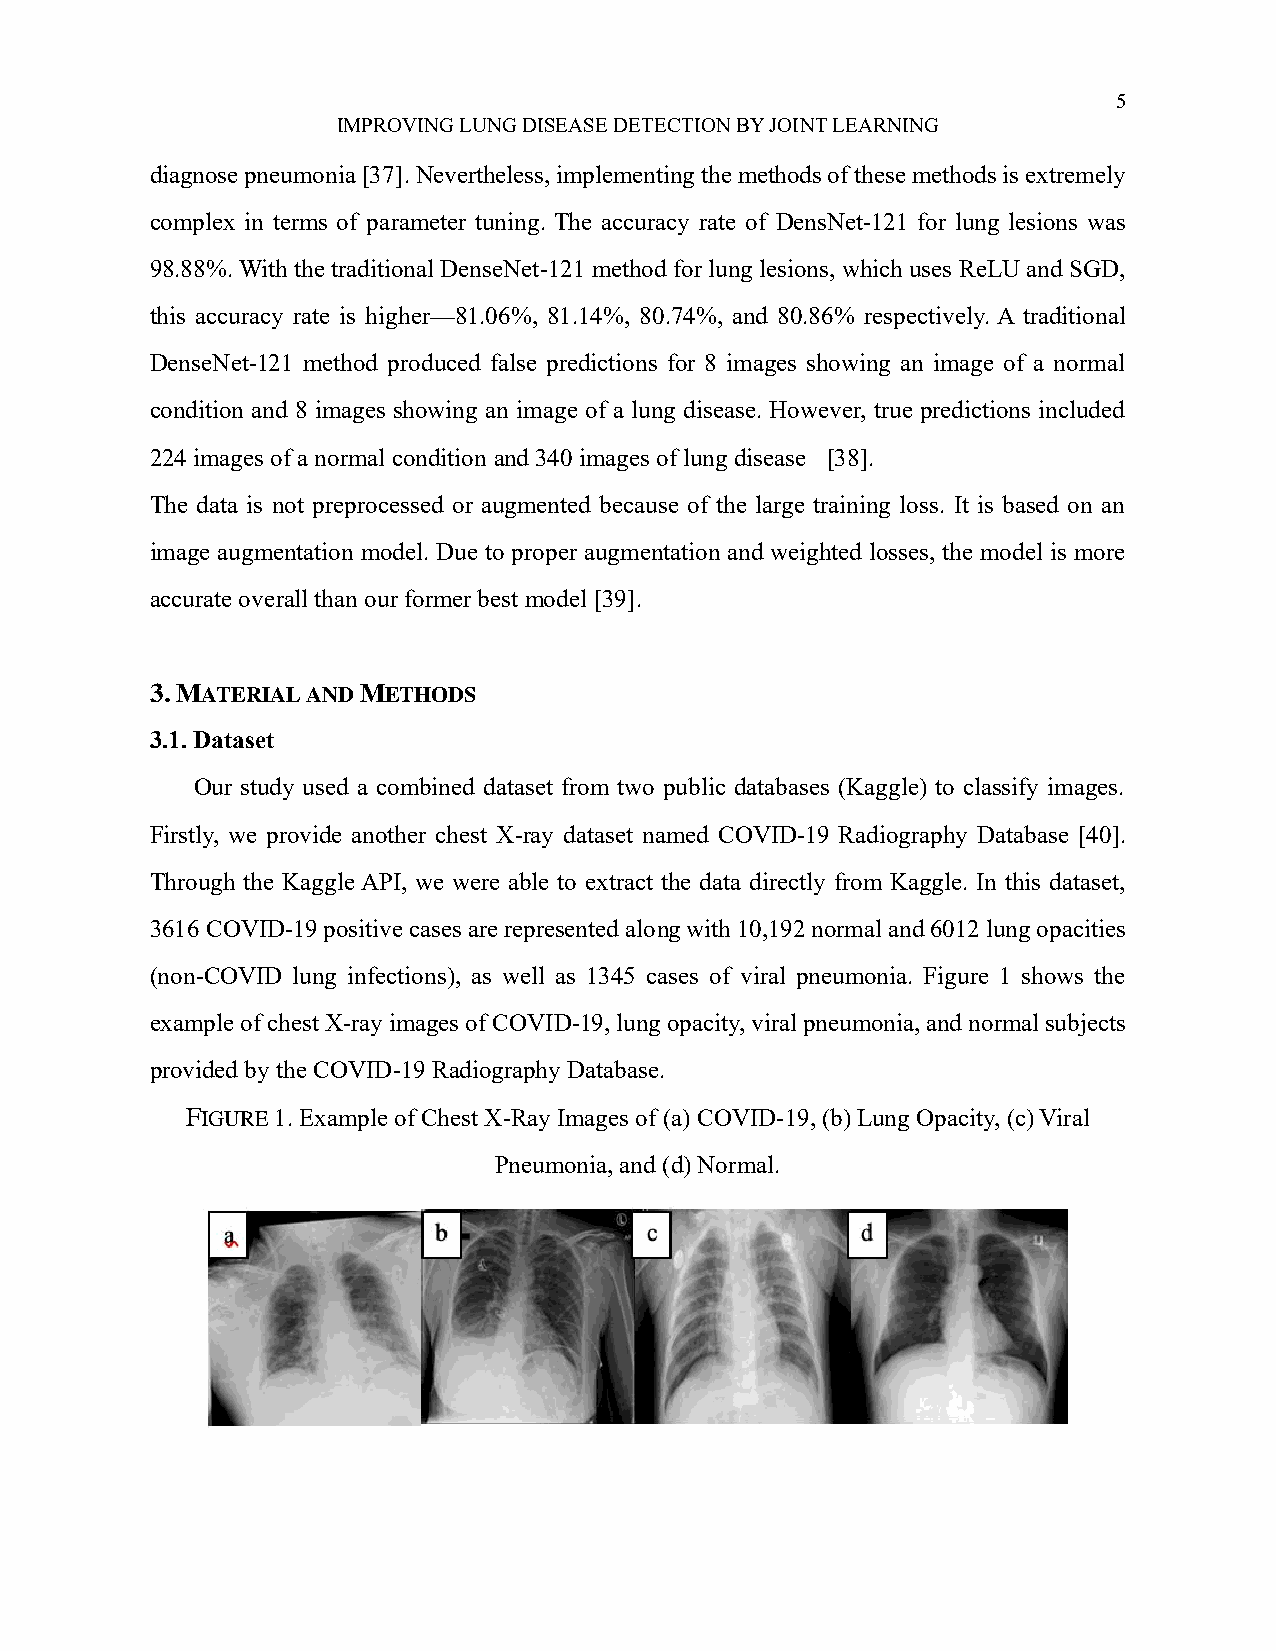
5
 IMPROVING LUNG DISEASE DETECTION BY JOINT LEARNING
 diagnose pneumonia [37]. Nevertheless, implementing the methods of these methods is extremely
 complex in terms of parameter tuning. The accuracy rate of DensNet-121 for lung lesions was
 98.88%. With the traditional DenseNet-121 method for lung lesions, which uses ReLU and SGD,
 this accuracy rate is higher—81.06%, 81.14%, 80.74%, and 80.86% respectively. A traditional
 DenseNet-121 method produced false predictions for 8 images showing an image of a normal
 condition and 8 images showing an image of a lung disease. However, true predictions included
 224 images of a normal condition and 340 images of lung disease [38].
 The data is not preprocessed or augmented because of the large training loss. It is based on an
 image augmentation model. Due to proper augmentation and weighted losses, the model is more
 accurate overall than our former best model [39].
 3. MATERIAL AND METHODS
 3.1. Dataset
 Our study used a combined dataset from two public databases (Kaggle) to classify images.
 Firstly, we provide another chest X-ray dataset named COVID-19 Radiography Database [40].
 Through the Kaggle API, we were able to extract the data directly from Kaggle. In this dataset,
 3616 COVID-19 positive cases are represented along with 10,192 normal and 6012 lung opacities
 (non-COVID lung infections), as well as 1345 cases of viral pneumonia. Figure 1 shows the
 example of chest X-ray images of COVID-19, lung opacity, viral pneumonia, and normal subjects
 provided by the COVID-19 Radiography Database.
 FIGURE 1. Example of Chest X-Ray Images of (a) COVID-19, (b) Lung Opacity, (c) Viral
 Pneumonia, and (d) Normal.